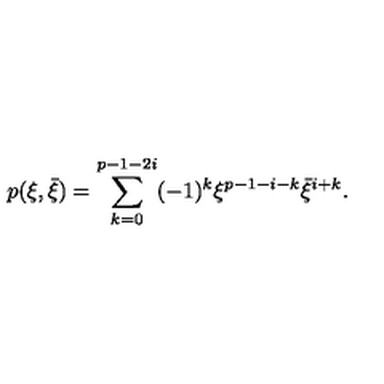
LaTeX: p ( \xi , \bar { \xi } ) = \sum _ { k = 0 } ^ { p - 1 - 2 i } ( - 1 ) ^ { k } \xi ^ { p - 1 - i - k } \bar { \xi } ^ { i + k } .